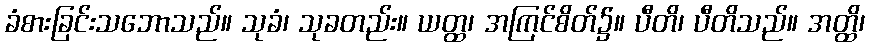
ခံစားခြင်းသဘောသည်။ သုခံ၊ သုခတည်း။ ယတ္ထ၊ အကြင်စိတ်၌။ ပီတိ၊ ပီတိသည်။ အတ္ထိ၊